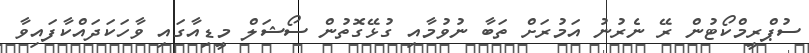
ސުޕްރީމްކޯޓުން ރޭ ނެރުނު އަމުރަށް ތަބާ ނުވުމާއި ގުޅޭގޮތުން ސޯޝަލް މީޑިއާގައި ވާހަކަދައްކާފައިވާ